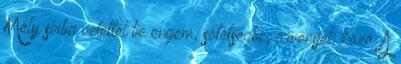
Mély sírba vetettél be engem, sötétségbe, örvények közé. A